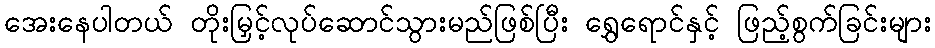
အေးနေပါတယ် တိုးမြှင့်လုပ်ဆောင်သွားမည်ဖြစ်ပြီး ရွှေရောင်နှင့် ဖြည့်စွက်ခြင်းများ